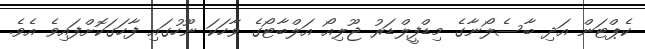
ކެޕްޓަން އަދި ބާސެލޯނާގެ މިޑްފީލްޑަރު ޖޫލިއޯ އަލްބާޓޯގެ ވާހަކަ ނޫހުގައި ފާހަގަކޮށްފައިވެ އެވެ.